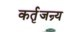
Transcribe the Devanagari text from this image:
कर्तृजन्र्य